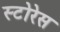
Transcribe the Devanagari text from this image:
स्टोरेस